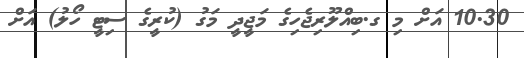
10.30 އަށް މި ގ.ބިއްލޫރިޖެހިގެ މަޖީދީ މަގު (ކުރީގެ ސިޓީ ހޯލު) އަށް